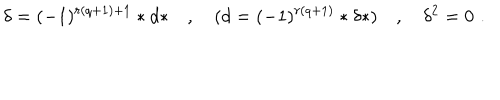
LaTeX: \delta = ( - 1 ) ^ { r ( q + 1 ) + 1 } * d * \quad , \quad ( d = ( - 1 ) ^ { r ( q + 1 ) } * \delta * ) \quad , \quad \delta ^ { 2 } = 0 \, \, .